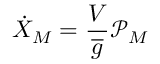
\dot { X } _ { M } = \frac { V } { \overline { { { g } } } } { \mathcal { P } } _ { M }